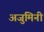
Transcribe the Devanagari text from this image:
अजुमिनी